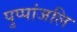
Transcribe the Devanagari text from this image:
पुप्पांजलि